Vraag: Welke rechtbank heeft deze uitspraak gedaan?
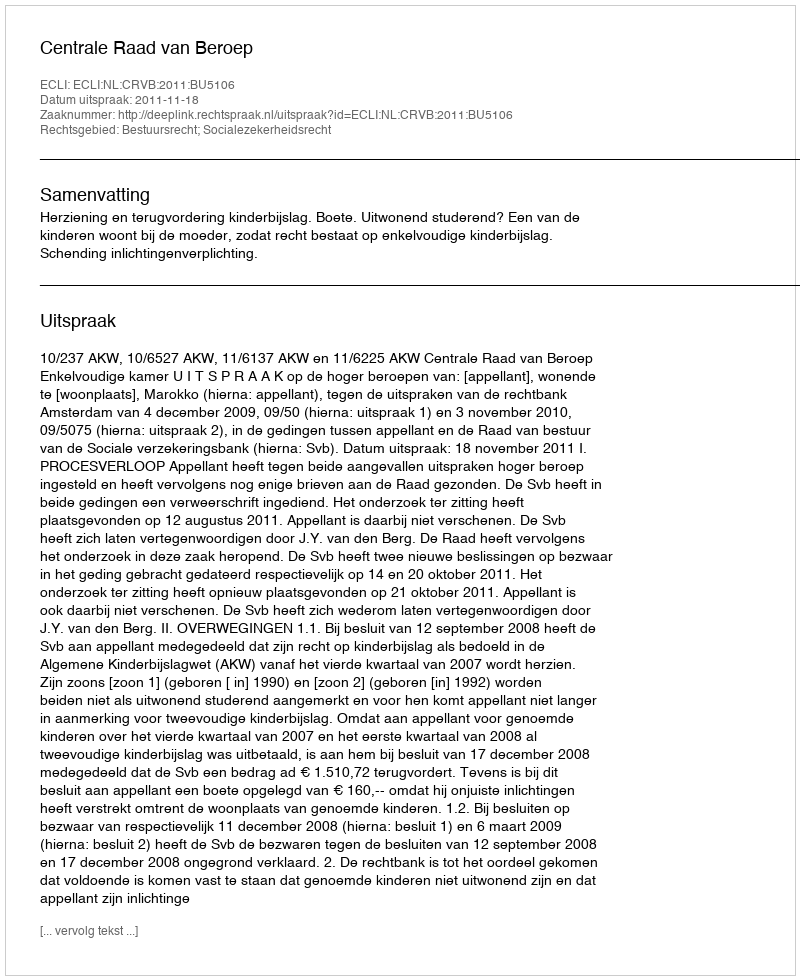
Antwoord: Centrale Raad van Beroep